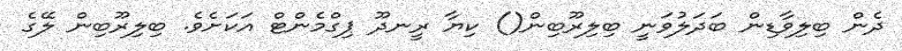
ދެން ބިލިވާޑިން ބަދަލުވަނީ ބިލިރޫބިން() ކިޔާ ރީނދޫ ޕިގްމެންޓް އަކަށެވެ. ބިލިރޫބިން ލޭގެ